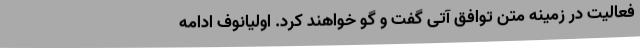
فعالیت در زمینه متن توافق آتی گفت و گو خواهند کرد. اولیانوف ادامه